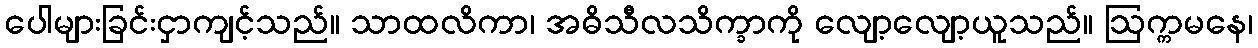
ပေါများခြင်းငှာကျင့်သည်။ သာထလိကာ၊ အဓိသီလသိက္ခာကို လျော့လျော့ယူသည်။ ဩက္ကမနေ၊